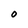
Character: O